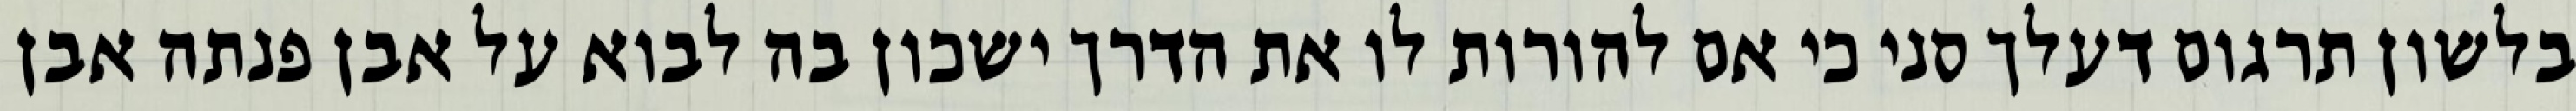
בלשון תרגום דעלך סני כי אם להורות לו את הדרך ישכון בה לבוא על אבן פנתה אבן